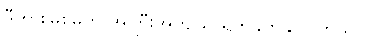
ဒီတားမြစ်မှုက အကြီးအကျယ် ရိုက်ခတ်နိုင်ပါတယ်။